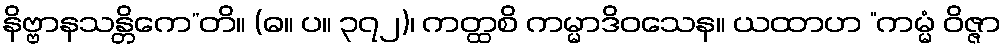
နိဗ္ဗာနသန္တိကေ”တိ။ (ဓ။ ပ။ ၃၇၂)၊ ကတ္ထစိ ကမ္မာဒိဝသေန။ ယထာဟ “ကမ္မံ ဝိဇ္ဇာ